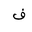
Letter: _fa